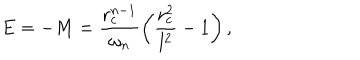
E = - M = \frac { r _ { c } ^ { n - 1 } } { \omega _ { n } } \left( \frac { r _ { c } ^ { 2 } } { l ^ { 2 } } - 1 \right) ,